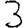
Digit: 3